Calcutta medical institutions reports 1871-78
Year: 1871
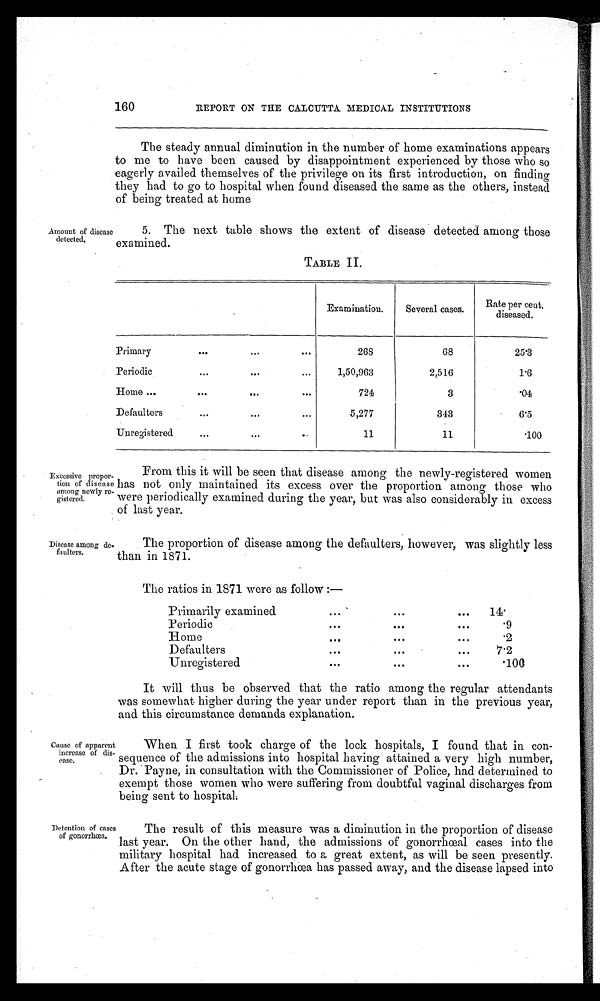
160
REPORT ON THE CALCUTTA MEDICAL INSTITUTIONS
The steady annual diminution in the number of home examinations appears
to me to have been caused by disappointment experienced by those who so
eagerly availed themselves of the privilege on its first introduction, on finding
they had to go to hospital when found diseased the same as the others, instead
of being treated at home
Amount of disease
detected,
5. The next table shows the extent of disease detected among those
examined.
TABLE II.
Examination.
Several cases.
Rate per cent.
diseased.
Primary
268
68
25·3
Periodic
1,50,063
2,516
1·6
Home
724
3
·04
Defaulters
5,277
343
6·5
Unregistered
11
11
·100
Excessive propor
tion of disease
among newly re
gistered.
From this it will be seen that disease among the newly-registered women
has not only maintained its excess over the proportion among those who
were periodically examined during the year, but was also considerably in excess
of last year.
Disease among de
faulters.
The proportion of disease among the defaulters, however, was slightly less
than in 1871.
The ratios in 1871 were as follow:—
Primarily examined
. . .
. . .
. . .
1 4 ·
Periodic
. . .
. . .
. . .
·9
Home
...
. . .
. . .
·2
Defaulters
...
. . .
. . .
7·2
Unregistered
. . .
. . .
. . .
·100
It will thus be observed that the ratio among the regular attendants
was somewhat higher during the year under report than in the previous year,
and this circumstance demands explanation.
.
C a u s e o f a p p a r e n t i n c r e a s e o f d i s e a s e .
When I first took charge of the lock hospitals, I found that in con
-
sequence of the admissions into hospital having attained a very high number,
Dr. Payne, in consultation with the Commissioner of Police, had determined to
exempt those women who were suffering from doubtful vaginal discharges from
being sent to hospital
.
Detention of case
s of gonorrhœa.
The result of this measure was a diminution in the proportion of disease
last year. On the other hand, the admissions of gonorrhœal cases into the
military hospital had increased to a great extent, as will be seen presently.
After the acute stage of gonorrhœa has passed away, and the disease lapsed into